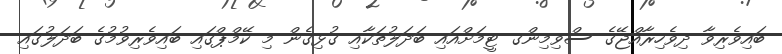
ބައިވެރިވާ ދިވެހިރާއްޖޭގެ ސްވިމިންގ ޓީމަށްއައި ބަދަލުތަކާއި ގުޅިގެން މި ކޭމްޕްގައި ބައިވެރިވުމުގެ ބަދަލުގައި